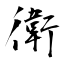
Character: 衛